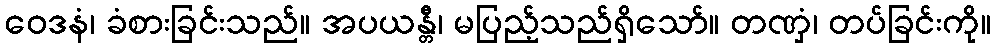
ဝေဒနံ၊ ခံစားခြင်းသည်။ အပယန္တီ၊ မပြည့်သည်ရှိသော်။ တဏှံ၊ တပ်ခြင်းကို။